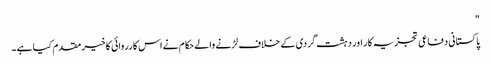
"
پاکستانی دفاعی تجزیہ کار اور دہشت گردی کے خلاف لڑنے والے حکام نے اس کارروائی کا خیرمقدم کیا ہے۔